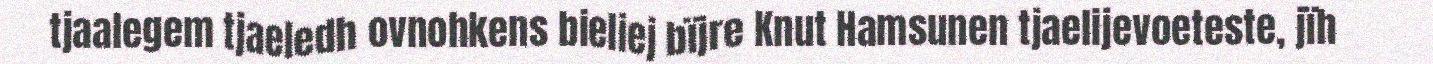
tjaalegem tjaeledh ovnohkens bieliej bïjre Knut Hamsunen tjaelijevoeteste, jïh